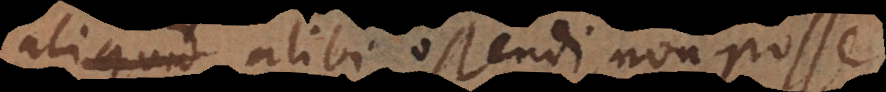
aliquid alibi ostendi, non posse